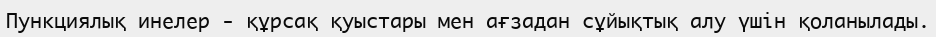
Пункциялық инелер - құрсақ қуыстары мен ағзадан сұйықтық алу үшін қоланылады.